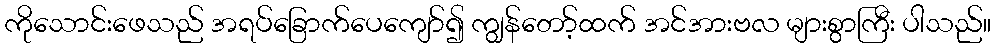
ကိုသောင်းဖေသည် အရပ်ခြောက်ပေကျော်၍ ကျွန်တော့်ထက် အင်အားဗလ များစွာကြီး ပါသည်။